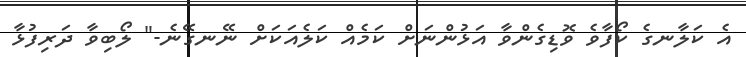
އެ ކަލާނގެ ކޯފާވެ ވޮޑިގެންވާ އަޅުންނަށް ކަމެއް ކަލެއަކަށް ނޭނގޭނެ-" ލޯބިވާ ދަރިފުޅާ